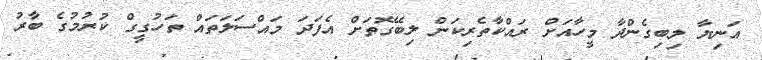
އަނިޔާ ލިބިގެންދާ މީހާއަށް ރައްކާތެރިކަން ލިބޭގޮތަށް އެފަދަ މައްސަލަތައް ތަހުގީގް ކުރުމުގެ ބާރު